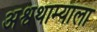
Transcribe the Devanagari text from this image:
अश्वथाम्याला